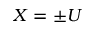
X = \pm U